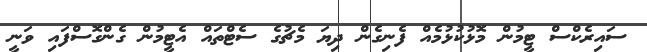
ސައިރެކްސް ޓީމުން މޮޅުކުޅުމެއް ފެނިގެން ދިޔަ މެޗުގެ ސެޓްތައް އެޓީމުން ގެންގޮސްފައި ވަނީ